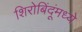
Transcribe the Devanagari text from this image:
शिरोबिंदूंमध्ये